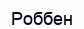
Роббен